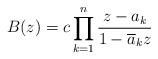
LaTeX: \begin{align*}B(z)=c\prod_{k=1}^n\frac{z-a_k}{1-\overline{a}_kz}\end{align*}